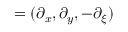
\mathbf { \nabla } = ( \partial _ { x } , \partial _ { y } , - \partial _ { \xi } )